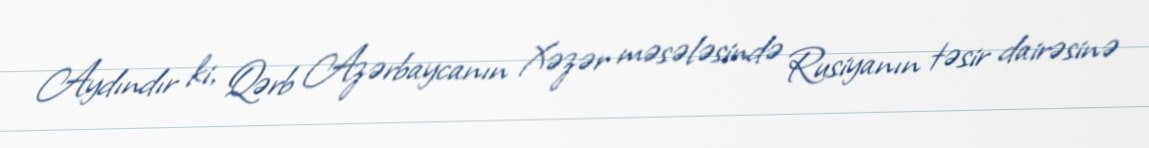
Aydındır ki, Qərb Azərbaycanın Xəzər məsələsində Rusiyanın təsir dairəsinə